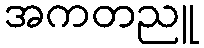
အကတညူ